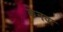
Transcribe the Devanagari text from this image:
केनवा